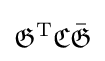
{\mathfrak {G}}^{\text{T}}{\mathfrak {C}}{\bar {\mathfrak {G}}}